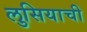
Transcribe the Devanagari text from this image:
लुसियाची